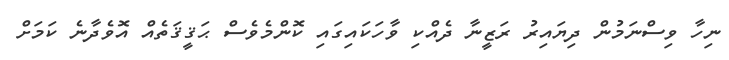
ނިހާ ވިސްނަމުން ދިޔައިރު ރަޒީނާ ދެއްކި ވާހަކައިގައި ކޮންމެވެސް ޙަޤީޤަތެއް އޮވެދާނެ ކަމަށް